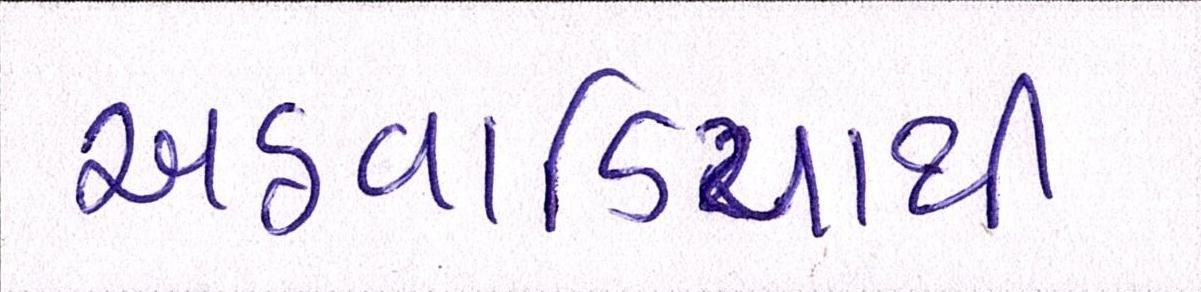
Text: અઠવાડિયાથી